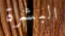
البشرة